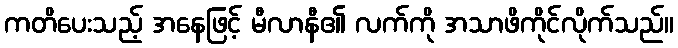
ကတိပေးသည့် အနေဖြင့် မီလာနီ၏ လက်ကို အသာဖိကိုင်လိုက်သည်။